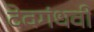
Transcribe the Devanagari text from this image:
देवगंधर्वी